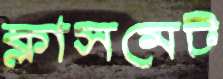
ক্লাসমেট